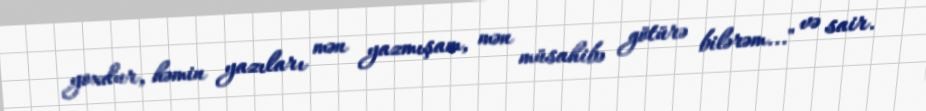
yoxdur, həmin yazıları mən yazmışam, mən müsahibə götürə bilərəm..." və sair.